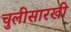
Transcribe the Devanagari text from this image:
चुलीसारखी